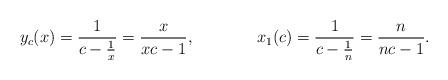
LaTeX: \begin{align*} y_{c}(x) &= \frac{1}{c - \frac1x} = \frac{x}{xc-1}, & x_{1}(c) &= \frac{1}{c - \frac1n} = \frac{n}{nc-1}.\end{align*}